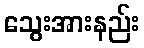
သွေးအားနည်း